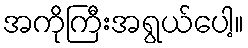
အကိုကြီးအရွယ်ပေါ့။